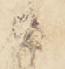
候